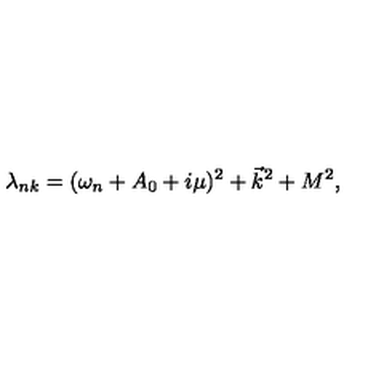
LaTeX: \lambda _ { n k } = ( \omega _ { n } + A _ { 0 } + i \mu ) ^ { 2 } + \vec { k } ^ { 2 } + M ^ { 2 } ,